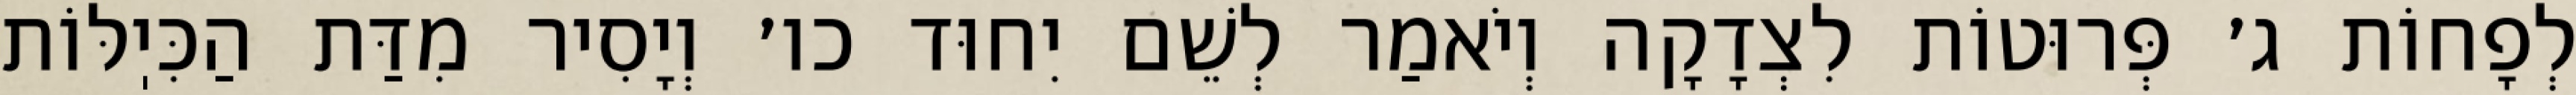
לְפָחוֹת ג׳ פְּרוּטוֹת לִצְדָקָה וְיֹאמַר לְשֵׁם יִחוּד כו׳ וְיָסִיר מִדַּת הַכִּיֽלּוֹת